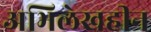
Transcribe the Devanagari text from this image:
अभिलेखहीन